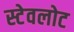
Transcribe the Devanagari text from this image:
स्टेवलोट